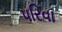
પરિવા